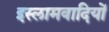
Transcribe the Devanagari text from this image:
इस्लामवादियों